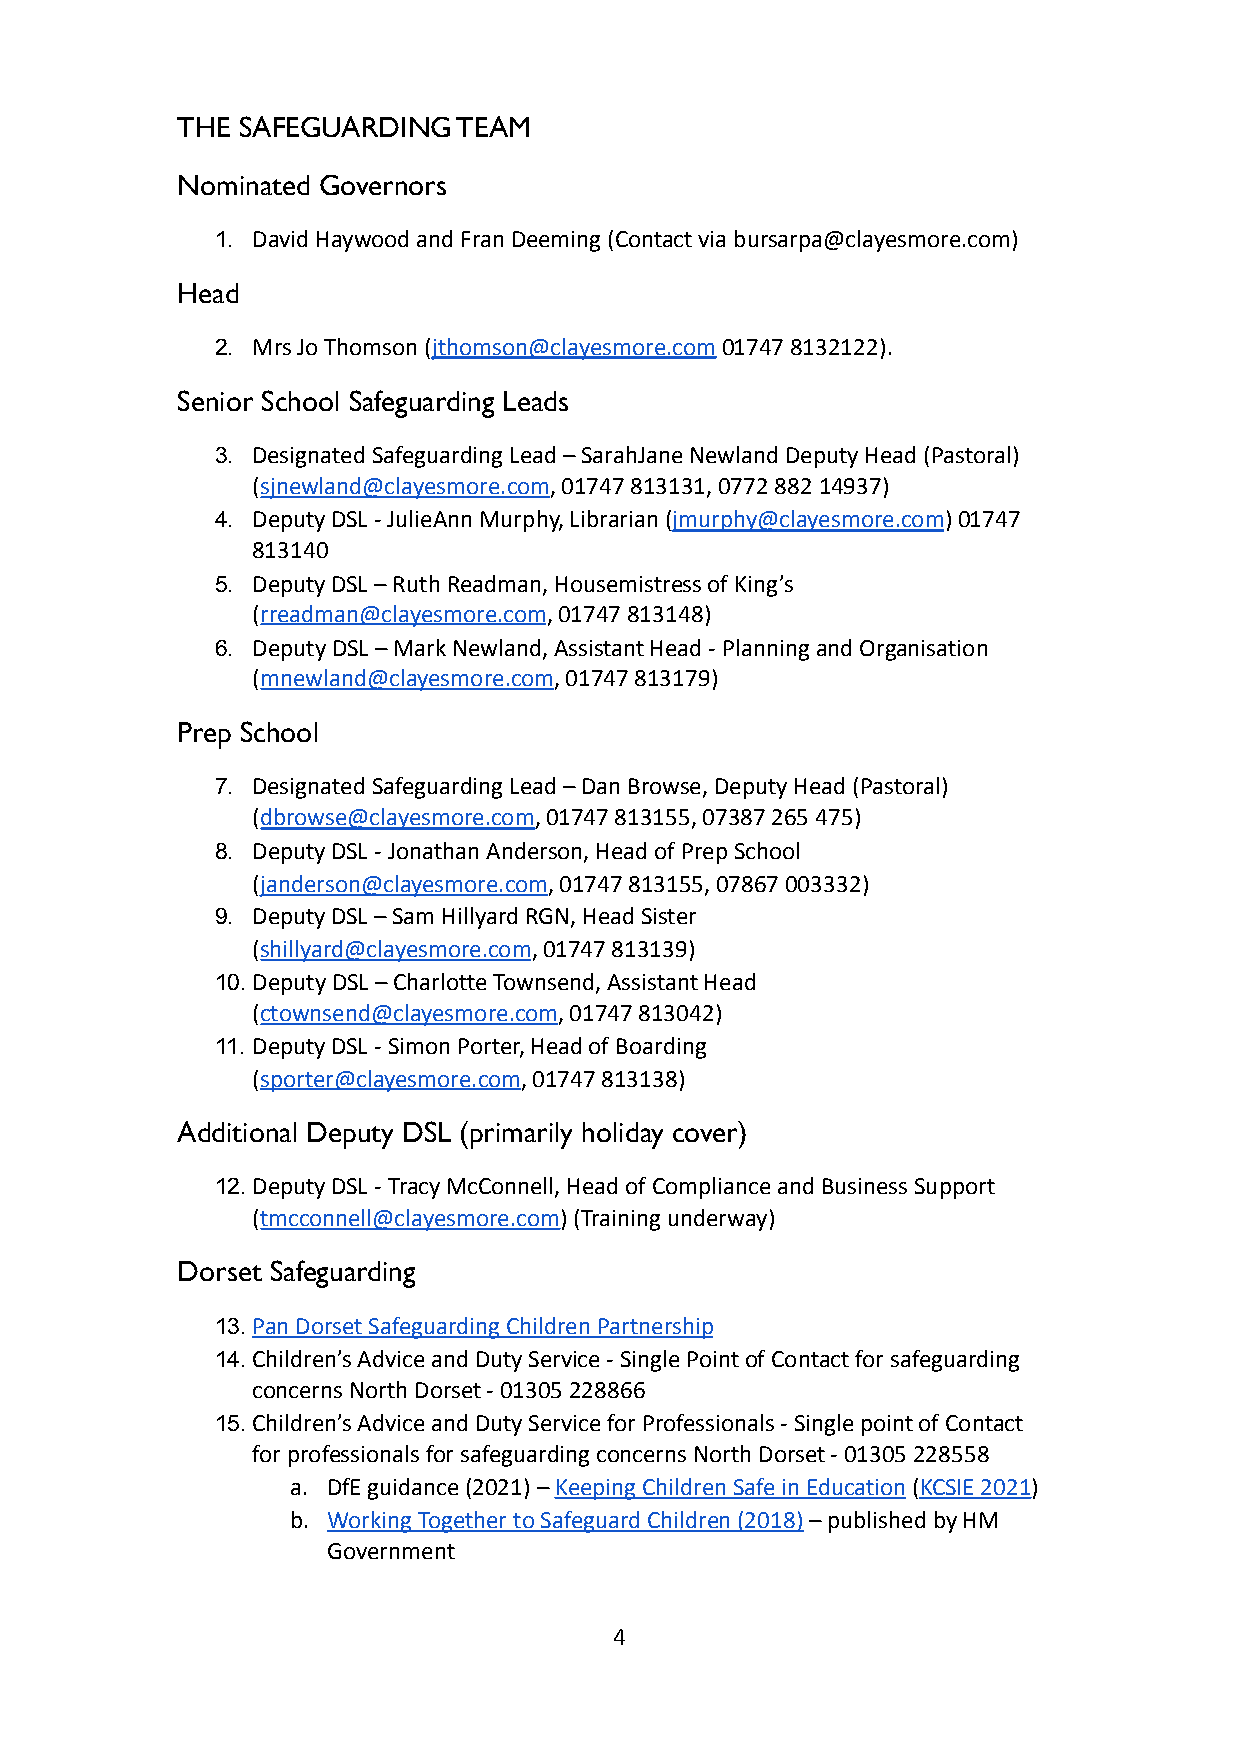
THE SAFEGUARDING  TEAM
 Nominated Governors
 1. David Haywood and Fran Deeming (Contact via bursarpa@clayesmore.com)
 Head
 2. Mrs Jo Thomson (jthomson@clayesmore.com01747 8132122).
 Senior School Safeguarding Leads
 3. Designated Safeguarding Lead – SarahJane Newland DeputyHead (Pastoral)
 (sjnewland@clayesmore.com, 01747 813131, 0772 88214937)
 4. Deputy DSL - JulieAnn Murphy, Librarian (jmurphy@clayesmore.com)01747
 813140
 5. Deputy DSL – Ruth Readman, Housemistress of King’s
 (rreadman@clayesmore.com, 01747 813148)
 6. Deputy DSL – Mark Newland, Assistant Head - Planningand Organisation
 (mnewland@clayesmore.com, 01747 813179)
 Prep School
 7. Designated Safeguarding Lead – Dan Browse, DeputyHead (Pastoral)
 (dbrowse@clayesmore.com, 01747 813155, 07387 265 475)
 8. Deputy DSL - Jonathan Anderson, Head of Prep School
 (janderson@clayesmore.com, 01747 813155, 07867 003332)
 9. Deputy DSL – Sam Hillyard RGN, Head Sister
 (shillyard@clayesmore.com, 01747 813139)
 10.Deputy DSL – Charlotte Townsend, Assistant Head
 (ctownsend@clayesmore.com, 01747 813042)
 11. Deputy DSL - Simon Porter, Head of Boarding
 (sporter@clayesmore.com, 01747 813138)
 Additional Deputy DSL (primarily holiday cover)
 12.Deputy DSL - Tracy McConnell, Head of Compliance andBusiness Support
 (tmcconnell@clayesmore.com) (Training underway)
 Dorset Safeguarding
 13.Pan Dorset Safeguarding Children Partnership
 14.Children’s Advice and Duty Service - Single Pointof Contact for safeguarding
 concerns North Dorset - 01305 228866
 15.Children’s Advice and Duty Service for Professionals- Single point of Contact
 for professionals for safeguarding concerns NorthDorset - 01305 228558
 a. DfE guidance (2021) –Keeping Children Safe in Education(KCSIE 2021)
 b. Working Together to Safeguard Children (2018)– publishedby HM
 Government
 4